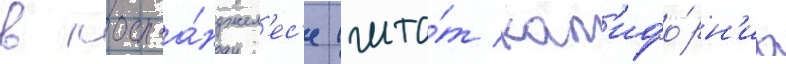
в лос-а́нджел'ес'е (шта́т кал'ифо́рн'иа